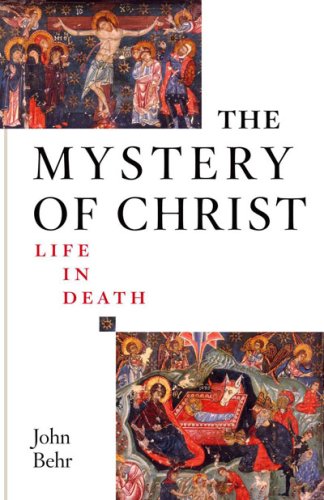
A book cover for The Mystery of Christ: Life in Death; John Behr; Christian Books & Bibles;